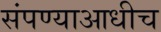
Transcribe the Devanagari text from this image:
संपण्याआधीच